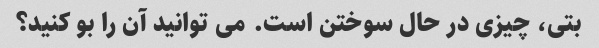
بتی، چیزی در حال سوختن است. می توانید آن را بو کنید؟